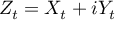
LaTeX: Z _ { t } = X _ { t } + i Y _ { t }